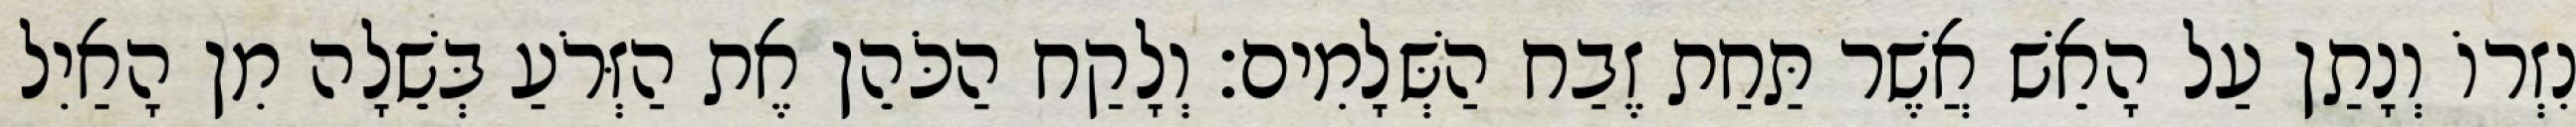
נִזְרוֹ וְנָתַן עַל הָאֵשׁ אֲשֶׁר תַּחַת זֶבַח הַשְּׁלָמִים׃ וְלָקַח הַכֹּהֵן אֶת הַזְּרֹעַ בְּשֵׁלָה מִן הָאַיִל